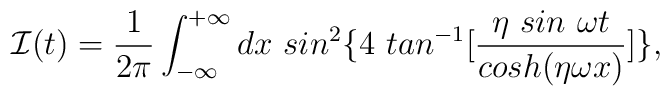
{\cal I}(t)=\frac{1}{2\pi}\int_{-\infty}^{+\infty}dx\ sin^2\{4\ tan^{-1}[\frac{\eta\ sin\ \omega t}{cosh(\eta\omega x)}]\},